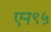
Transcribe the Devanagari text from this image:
एन९५